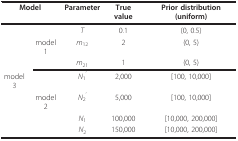
| <COLSPAN=2> Model | Parameter | True value | Prior distribution (uniform) |
 | --- | --- | --- | --- | --- |
 |  |  | T | 0.1 | (0, 0.5) |
 |  | model 1 | m12 | 2 | (0, 5) |
 |  |  | m21 | 1 | (0, 5) |
 | model 3 |  | N1' | 2,000 | [100, 10,000] |
 |  | model 2 | N2' | 5,000 | [100, 10,000] |
 |  |  | N1 | 100,000 | [10,000, 200,000] |
 |  |  | N2 | 150,000 | [10,000, 200,000] |